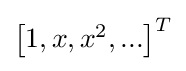
{\begin{bmatrix}1,x,x^{2},...\end{bmatrix}}^{T}